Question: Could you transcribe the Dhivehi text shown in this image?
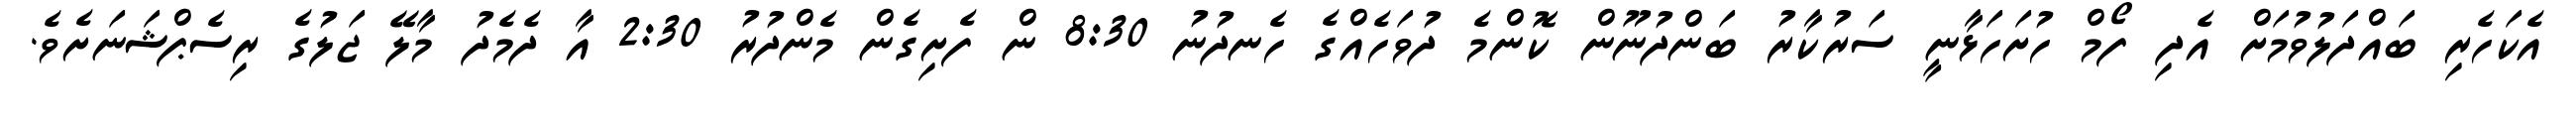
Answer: އެކަހެރި ބައްދަލުވުމަށް އެދި ފޯމް ހުށަހަޅާނީ ސަރުކާރު ބަންދުނޫން ކޮންމެ ދުވަހެއްގެ ހެނދުނު 8:30 ން ފެށިގެން މެންދުރު 2:30 އާ ދެމެދު މާލޭ ޖަލުގެ ރިސެޕްޝަނަށެވެ.